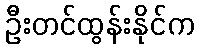
ဦးတင်ထွန်းနိုင်က